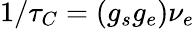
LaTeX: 1/\tau_{C}=\left(g_{s}g_{e}\right)\nu_{e}